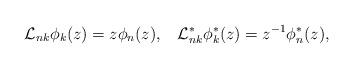
LaTeX: \begin{align*}{\cal L}_{nk}\phi_{k}(z)=z\phi_{n}(z),\;\;\;{\cal L}_{nk}^{*}\phi_{k}^{*}(z)=z^{-1}\phi_{n}^{*}(z),\end{align*}